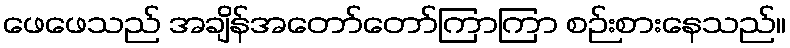
ဖေဖေသည် အချိန်အတော်တော်ကြာကြာ စဉ်းစားနေသည်။